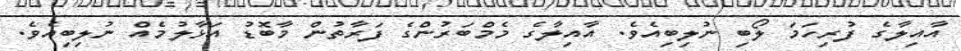
އާއިލާގެ ފުރިހަމަ ލޯބި ނުލިބިއެވެ. އާއިލާގެ މެމްބަރުންގެ ފަރާތުން މާބޮޑު އަޅާލުމެއް ނުލިބިއެވެ.